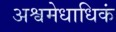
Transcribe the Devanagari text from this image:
अश्वमेधाधिकं